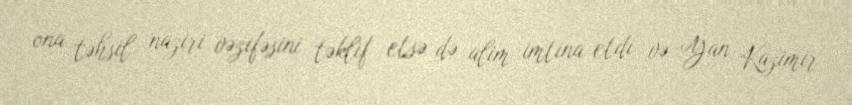
ona təhsil naziri vəzifəsini təklif etsə də alim imtina etdi və Yan Kazimir